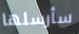
سأرسلها